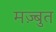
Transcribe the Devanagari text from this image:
मज़्बुत